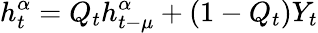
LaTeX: h_{t}^{\alpha}=Q_{t}h_{t-\mu}^{\alpha}+(1-Q_{t})Y_{t}